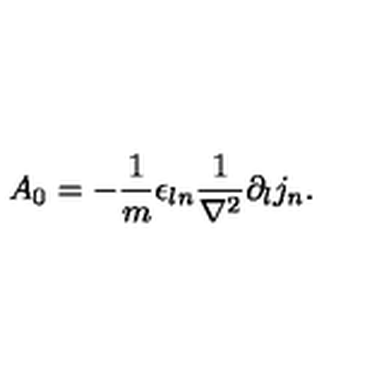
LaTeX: A _ { 0 } = - \frac { 1 } { m } \epsilon _ { l n } \frac { 1 } { \nabla ^ { 2 } } \partial _ { l } j _ { n } .